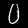
Label: 0